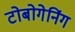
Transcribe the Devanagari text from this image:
टोबोगेनिंग